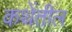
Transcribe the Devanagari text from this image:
कथेंतील